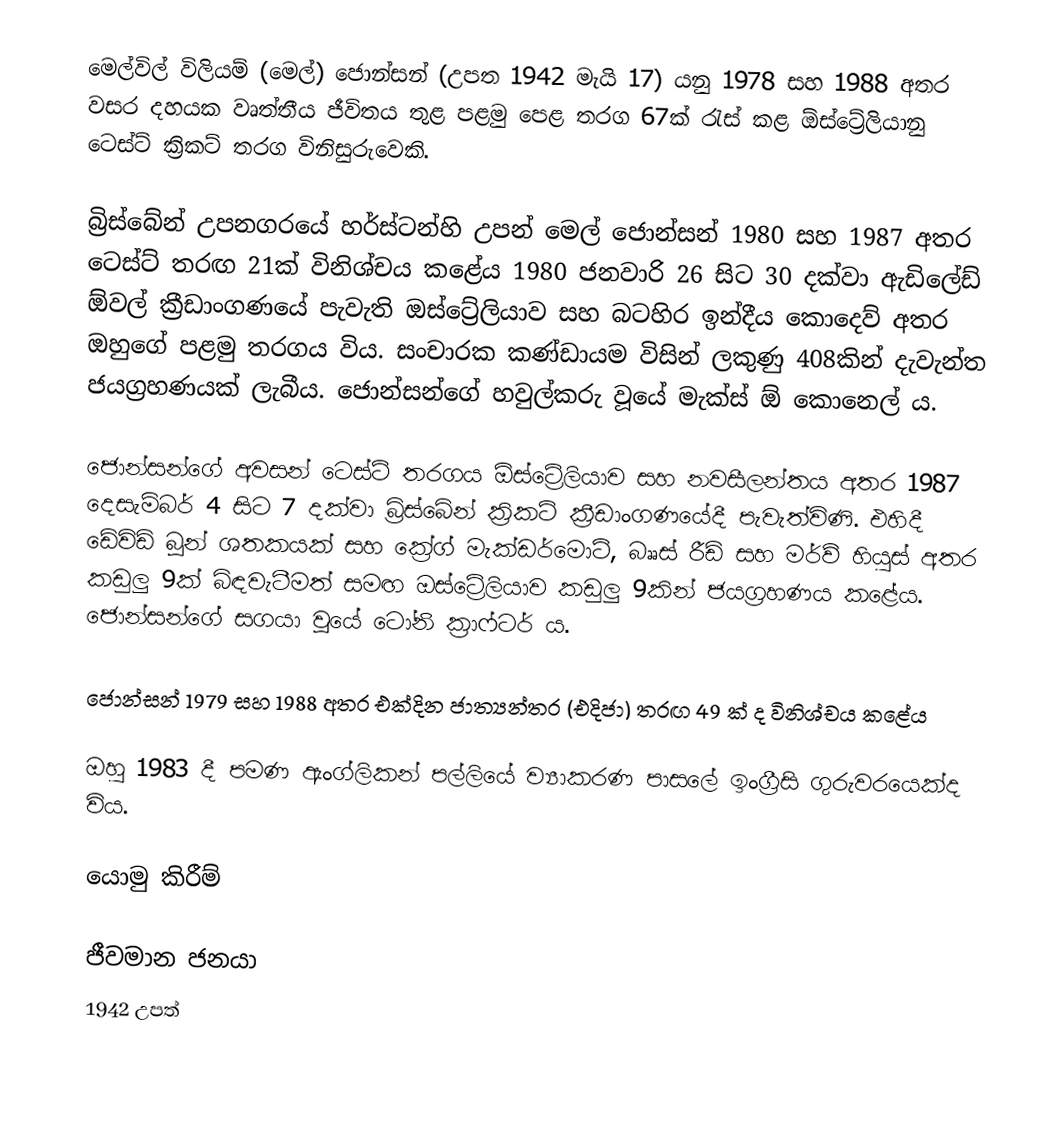
මෙල්විල් විලියම් (මෙල්) ජොන්සන් (උපත 1942 මැයි 17) යනු 1978 සහ 1988 අතර වසර දහයක වෘත්තීය ජීවිතය තුළ පළමු පෙළ තරග 67ක් රැස් කළ ඕස්ට්‍රේලියානු ටෙස්ට් ක්‍රිකට් තරග විනිසුරුවෙකි.

බ්‍රිස්බේන් උපනගරයේ හර්ස්ටන්හි උපන් මෙල් ජොන්සන් 1980 සහ 1987 අතර ටෙස්ට් තරඟ 21ක් විනිශ්චය කළේය  1980 ජනවාරි 26 සිට 30 දක්වා ඇඩිලේඩ් ඕවල් ක්‍රීඩාංගණයේ පැවැති ඔස්ට්‍රේලියාව සහ බටහිර ඉන්දීය කොදෙව් අතර ඔහුගේ පළමු තරගය විය. සංචාරක කණ්ඩායම විසින් ලකුණු 408කින් දැවැන්ත ජයග්‍රහණයක් ලැබීය. ජොන්සන්ගේ හවුල්කරු වූයේ මැක්ස් ඕ කොනෙල් ය.

ජොන්සන්ගේ අවසන් ටෙස්ට් තරගය ඕස්ට්‍රේලියාව සහ නවසීලන්තය අතර 1987 දෙසැම්බර් 4 සිට 7 දක්වා බ්‍රිස්බේන් ක්‍රිකට් ක්‍රීඩාංගණයේදී පැවැත්විණි. එහිදී ඩේවිඩ් බූන් ශතකයක් සහ ක්‍රේග් මැක්ඩර්මොට්, බෲස් රීඩ් සහ මර්ව් හියුස් අතර කඩුලු 9ක් බිඳවැටීමත් සමඟ ඔස්ට්‍රේලියාව කඩුලු 9කින් ජයග්‍රහණය කළේය. ජොන්සන්ගේ සගයා වූයේ ටෝනි ක්‍රාෆ්ටර් ය.

ජොන්සන් 1979 සහ 1988 අතර එක්දින ජාත්‍යන්තර (එදිජා) තරඟ 49 ක් ද විනිශ්චය කළේය

ඔහු 1983 දී පමණ ඇංග්ලිකන් පල්ලියේ ව්‍යාකරණ පාසලේ ඉංග්‍රීසි ගුරුවරයෙක්ද විය.

යොමු කිරීම්

ජීවමාන ජනයා
1942 උපත්